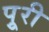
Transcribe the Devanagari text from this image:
पुूरी